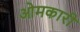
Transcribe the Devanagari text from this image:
ओमकारी